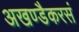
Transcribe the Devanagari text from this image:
अखण्डैकरसं